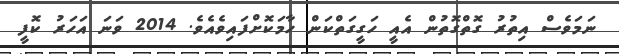
ނަމަވެސް އިތުރު ގޮތްގޮތުން އެއީ ހަގީގަތްކަން ހާމަކޮށްފައިވެއެވެ. 2014 ވަނަ އަހަރު ކޮފީ